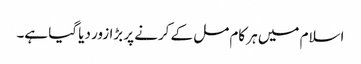
اسلام میں ہر کام مل کے کرنے پر بڑا زور دیا گیا ہے۔